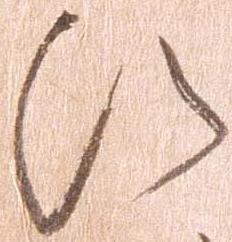
ひ